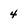
Character: 4